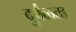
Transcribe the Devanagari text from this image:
दुर्बळता